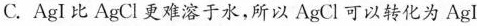
C.AgI比AgCl更难溶于水，所以AgCl可以转化为AgI